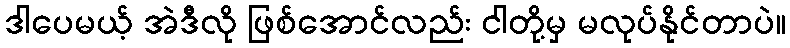
ဒါပေမယ့် အဲဒီလို ဖြစ်အောင်လည်း ငါတို့မှ မလုပ်နိုင်တာပဲ။